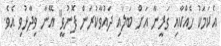
އެކަމަކު ހެއްކާއި ގަރީނާ އަށް ބަލައި ދައުވާކުރަން ފޮނުވީ" އޭނާ ވިދާޅުވި އެވެ.